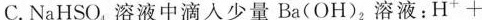
C.NaHSO_{4}溶液中滴入少量Ba(OH)_{2}溶液：H^{+}+